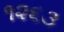
૧૨૬૩